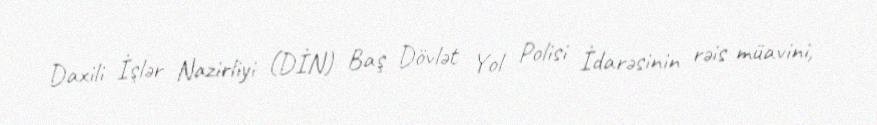
Daxili İşlər Nazirliyi (DİN) Baş Dövlət Yol Polisi İdarəsinin rəis müavini,